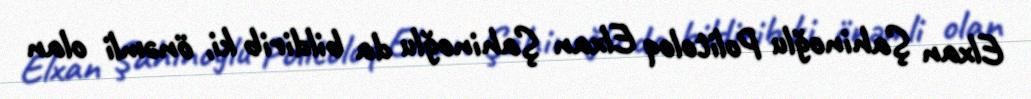
Elxan Şahinoğlu Politoloq Elxan Şahinoğlu da bildirib ki, önəmli olan